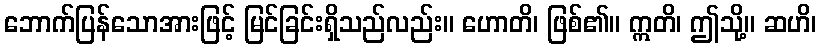
ဘောက်ပြန်သောအားဖြင့် မြင်ခြင်းရှိသည်လည်း။ ဟောတိ၊ ဖြစ်၏။ ဣတိ၊ ဤသို့။ ဆဟိ၊